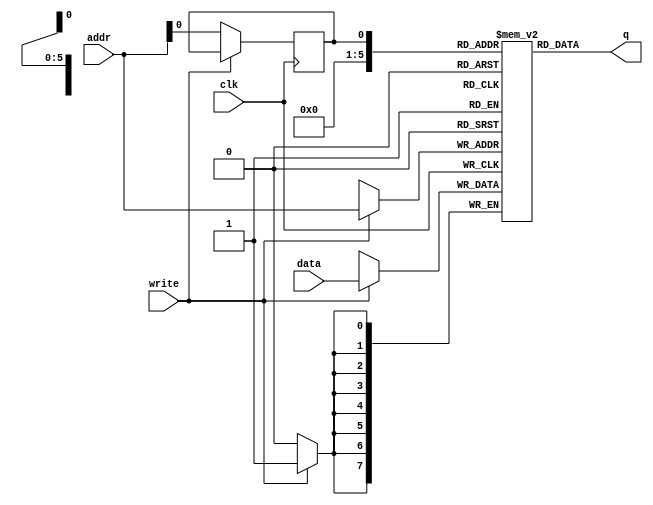
`timescale 1ns / 1ps
//////////////////////////////////////////////////////////////////////////////////
// Company: 
// Engineer: 
// 
// Design Name: 
// Module Name:    ram 
// Project Name: 
// Target Devices: 
// Tool versions: 
// Description: 
//
// Dependencies: 
//
// Revision: 
// Revision 0.01 - File Created
// Additional Comments: 
//
//////////////////////////////////////////////////////////////////////////////////
module ram(data,addr,write,clk,q);
input [7:0]data;
input [5:0]addr;
input write;
input clk;
output [7:0] q;

reg [7:0] ram[63:0];
reg addr_reg;

always @ (posedge clk)
begin
 if(write)
      ram[addr]<=data;
 else
      addr_reg<=addr;
end
assign q=ram[addr_reg];

endmodule